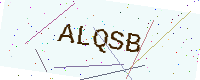
Text: ALQSB